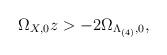
LaTeX: \begin{align*}\Omega_{X,0}z > - 2\Omega_{\Lambda_{(4)},0} ,\end{align*}